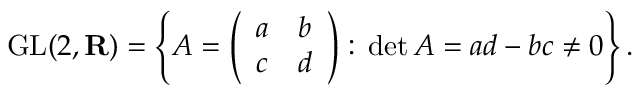
\operatorname { G L } ( 2 , \mathbf { R } ) = \left\{ A = { \left( \begin{array} { l l } { a } & { b } \\ { c } & { d } \end{array} \right) } : \, \operatorname* { d e t } A = a d - b c \neq 0 \right\} .